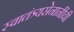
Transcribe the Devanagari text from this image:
स्वातंत्र्यसेनानींची